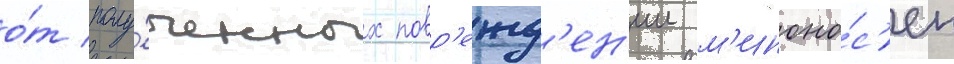
о́т полу́ченных повр'ежд'ен'ии м'иноно́с'ец